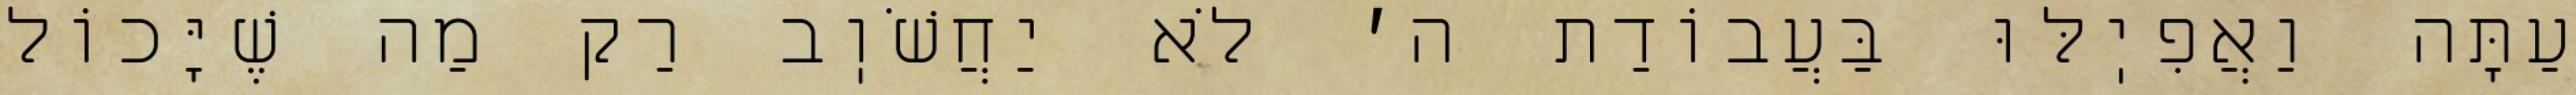
עַתָּה וַאֲפִיֽלּוּ בַּעֲבוֹדַת ה׳ לֹא יַחֲשֹׁוֽב רַק מַה שֶׁיָּכוֹל